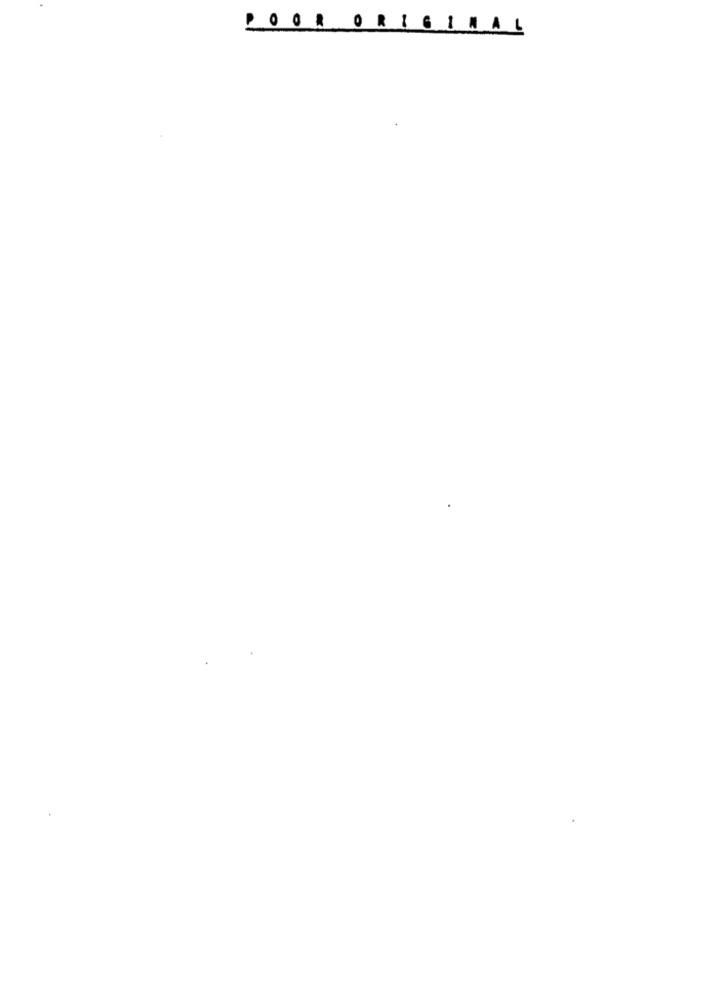
POOR
ORIG